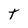
Character: T